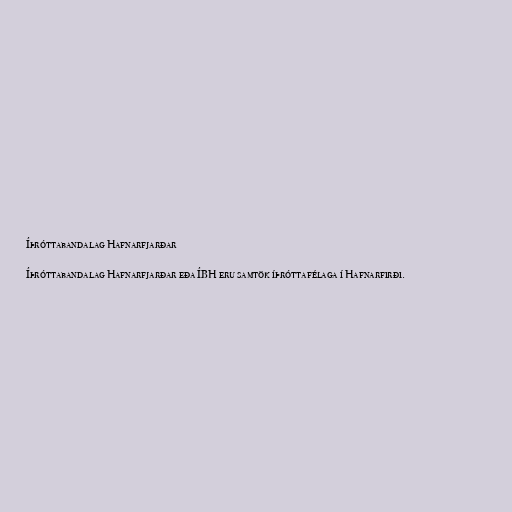
Íþróttabandalag Hafnarfjarðar

Íþróttabandalag Hafnarfjarðar eða ÍBH eru samtök íþróttafélaga í Hafnarfirði.